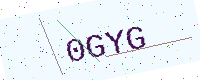
Text: 0GYG